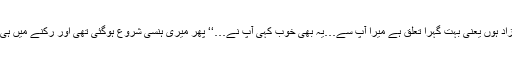
میں آپ کی عم زاد ہوں یعنی بہت گہرا تعلق ہے میرا آپ سے…یہ بھی خوب کہی آپ نے…‘‘ پھر میری ہنسی شروع ہوگئی تھی اور رکنے میں ہی نہیں آرہی تھی۔